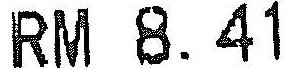
RM 8.41